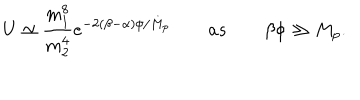
LaTeX: U \simeq \frac { m _ { 1 } ^ { 8 } } { m _ { 2 } ^ { 4 } } e ^ { - 2 ( \beta - \alpha ) \phi / M _ { p } } \qquad a s \qquad \beta \phi \gg M _ { p } .